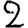
Digit: 2